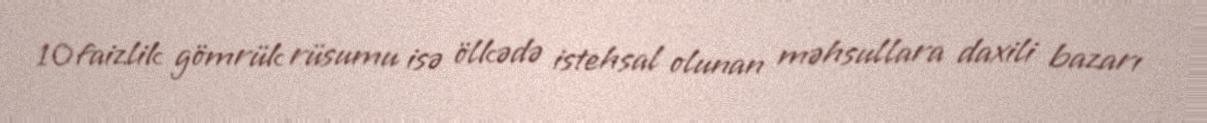
10 faizlik gömrük rüsumu isə ölkədə istehsal olunan məhsullara daxili bazarı